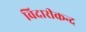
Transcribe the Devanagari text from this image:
विदारीकन्द